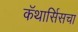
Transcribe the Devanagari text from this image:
कॅथार्सिसचा